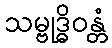
သမ္ဗုဒ္ဓိဝန္တံ